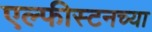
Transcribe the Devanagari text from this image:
एल्फीस्टनच्या